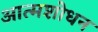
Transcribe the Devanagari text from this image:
आत्मशोधन